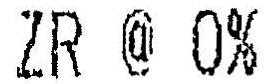
ZR @ 0%